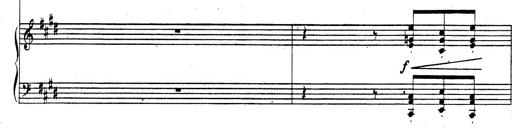
Title: Rhapsodie espagnole
Composer: Franz Liszt